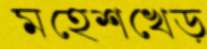
মহেশখেড়